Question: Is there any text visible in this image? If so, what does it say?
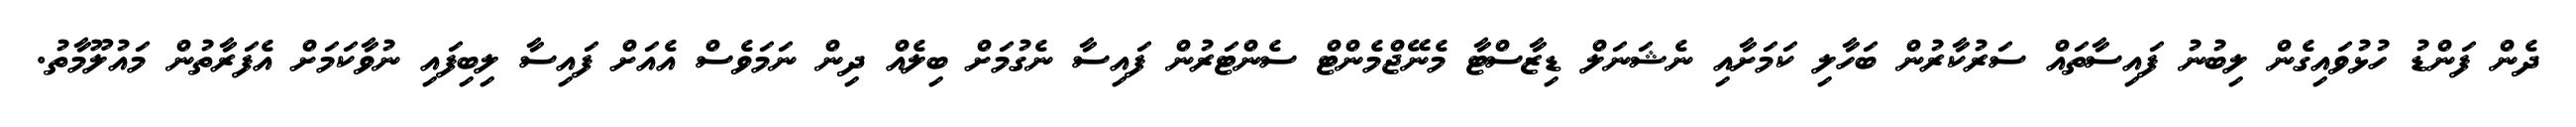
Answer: ދެން ފަންޑު ހުޅުވައިގެން ލިބުނު ފައިސާތައް ސަރުކާރުން ބަހާލި ކަމަށާއި ނެޝަނަލް ޑިޒާސްޓާ މެނޭޖްމެންޓް ސެންޓަރުން ފައިސާ ނެގުމަށް ބިލެއް ދިން ނަމަވެސް އެއަށް ފައިސާ ލިބިފައި ނުވާކަމަށް އެފަރާތުން މައުލޫމާތު.